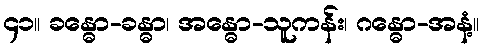
၄၁။ ခန္ဓော-ခန္ဓာ၊ အန္ဓော-သူကန်း၊ ဂန္ဓော-အနံ့။